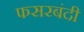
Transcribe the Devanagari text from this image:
फसरबंदी